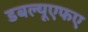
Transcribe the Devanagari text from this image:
डबल्यूएफए